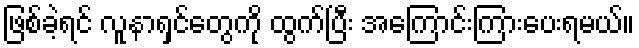
ဖြစ်ခဲ့ရင် လူနာရှင်တွေကို ထွက်ပြီး အကြောင်းကြားပေးရမယ်။